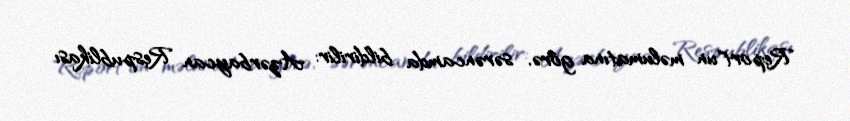
Report"un məlumatına görə, sərəncamda bildirilir: Azərbaycan Respublikası